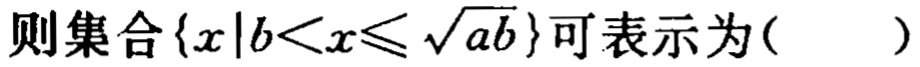
则集合\(\{x|b<x\leqslant\sqrt{ab}\}\)可表示为(  )